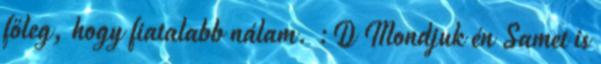
főleg, hogy fiatalabb nálam. :D Mondjuk én Samet is